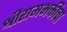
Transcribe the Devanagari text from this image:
श्रीरामभक्तीचा